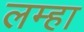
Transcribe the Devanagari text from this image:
लम्हा